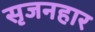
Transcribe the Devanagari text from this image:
सृजनहार